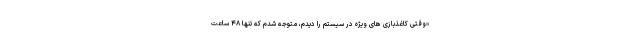
«وقتی کاغذبازی های ویژه در سیستم را دیدم، متوجه شدم که تنها ۴٨ ساعت